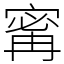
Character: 寗